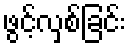
ဖွင့်လှစ်ခြင်း